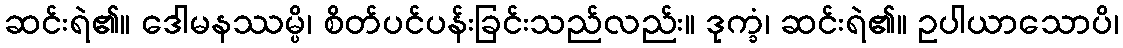
ဆင်းရဲ၏။ ဒေါမနဿမ္ပိ၊ စိတ်ပင်ပန်းခြင်းသည်လည်း။ ဒုက္ခံ၊ ဆင်းရဲ၏။ ဥပါယာသောပိ၊